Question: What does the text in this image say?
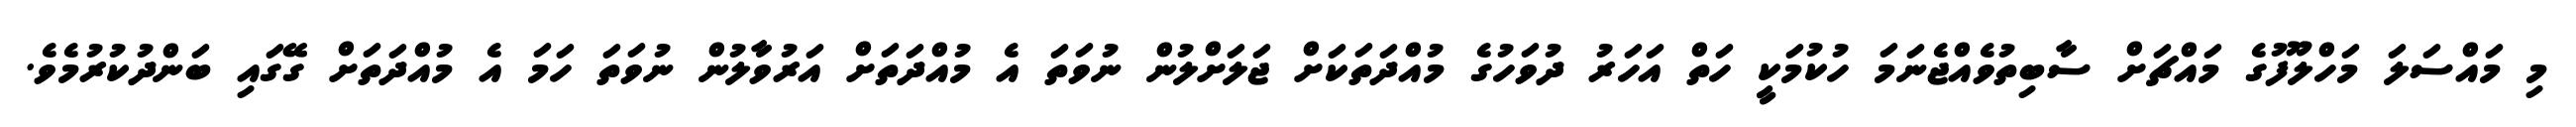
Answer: މި މައްސަލަ މަހްލޫފުގެ މައްޗަށް ސާބިތުވެއްޖެނަމަ ހުކުމަކީ ހަތް އަހަރު ދުވަހުގެ މުއްދަތަކަށް ޖަލަށްލުން ނުވަތަ އެ މުއްދަތަށް އަރުވާލުން ނުވަތަ ހަމަ އެ މުއްދަތަށް ގޭގައި ބަންދުކުރުމެވެ.